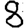
Digit: 8